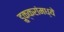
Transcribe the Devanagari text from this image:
डुक्करांमध्ये